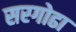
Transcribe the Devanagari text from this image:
सरगोढा